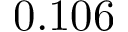
0 . 1 0 6